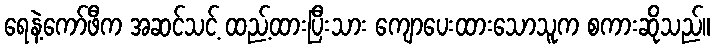
ရေနဲ့ကော်ဖီက အဆင်သင့် ထည့်ထားပြီးသား ကျောပေးထားသောသူက စကားဆိုသည်။